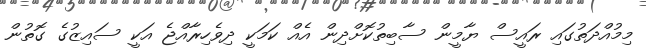
މިމުއްދަތުގައި ރައީސް ޔާމީން ސާބިތުކޮށްދިން އެއް ކަމަކީ ދިވެހިރާއްޖެ އަކީ ސައިޒުގެ ގޮތުން